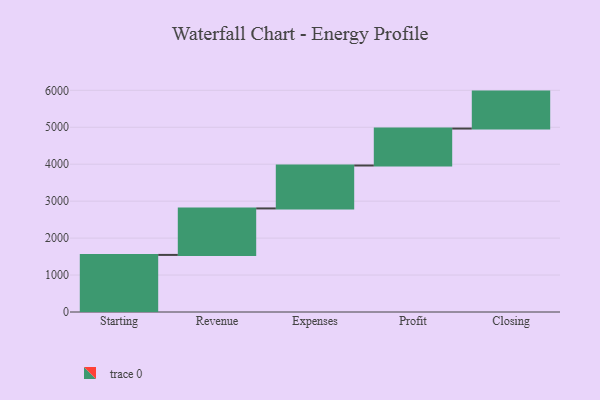
{"axis": {"x": "Step", "y": "Value"}, "legend": [""], "data": [{"x": "Starting", "y": 1545.0, "type": ""}, {"x": "Revenue", "y": 1258.0, "type": ""}, {"x": "Expenses", "y": 1162.0, "type": ""}, {"x": "Profit", "y": 1000, "type": ""}, {"x": "Closing", "y": 1000, "type": ""}]}